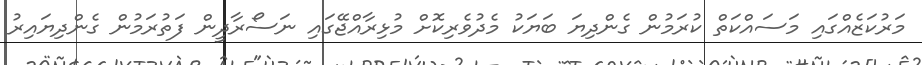
މަރުކަޒެއްގައި މަސައްކަތް ކުރަމުން ގެންދިޔަ ބަަޔަކު މެދުވެރިކޮށް މުޅިރާއްޖޭގައި ނަސޯރާދީން ފަތުރަމުން ގެންދިޔައިރު